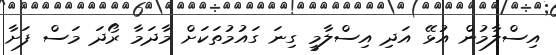
އިސްލާމުން އުޅޭ އަދި އިސްލާމީ ގިނަ ގައުމުތަކަށް މާދަމާ ރޯދަ މަސް ފަށާ